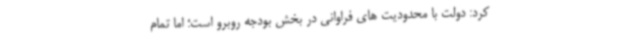
کرد: دولت با محدودیت های فراوانی در بخش بودجه روبرو است؛ اما تمام